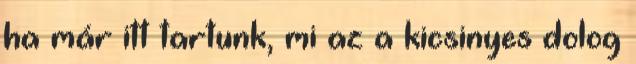
ha már itt tartunk, mi az a kicsinyes dolog